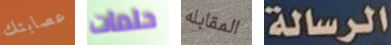
عصابتك حلمات المقابله الرسالة